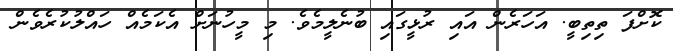
ކޮށްފަ ތިތިބީ. އަހަރެން އައި ރުޅީގައި ބުނެލީމެވެ. މި މީހުނަށް އެކަމެއް ހައްލުކުރެވެން